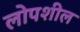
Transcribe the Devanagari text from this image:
लोपशील